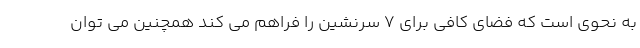
به نحوی است که فضای کافی برای 7 سرنشین را فراهم می کند همچنین می توان